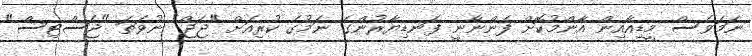
ނަމަވެސް މީޑިއާއިން އާންމުކޮށް ފެންނާނީ ފަނޑިޔާރުންގެ ނަމުގެ ކުރިއަށް "ޖަޖް" ނުވަތަ "ޖަސްޓިސް"